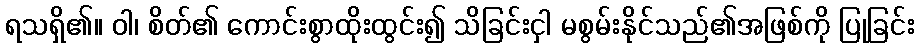
ရသရှိ၏။ ဝါ၊ စိတ်၏ ကောင်းစွာထိုးထွင်း၍ သိခြင်းငှါ မစွမ်းနိုင်သည်၏အဖြစ်ကို ပြုခြင်း